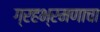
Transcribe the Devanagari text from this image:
ग्रहभ्रमणाचा